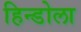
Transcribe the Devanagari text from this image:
हिन्डोला